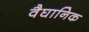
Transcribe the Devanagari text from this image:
वैघानिक